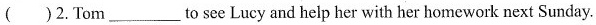
()2.Tom___to see Lucy and help her with her homework next Sunday.